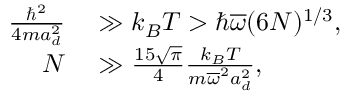
\begin{array} { r l } { \frac { \hbar ^ { 2 } } { 4 m a _ { d } ^ { 2 } } } & { { } \gg k _ { B } T > \hbar \overline { { \omega } } ( 6 N ) ^ { 1 / 3 } , } \\ { N } & { { } \gg \frac { 1 5 \sqrt { \pi } } { 4 } \frac { k _ { B } T } { m \overline { { \omega } } ^ { 2 } a _ { d } ^ { 2 } } , } \end{array}